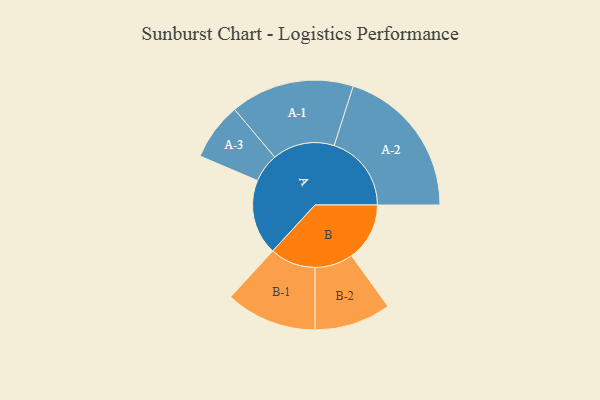
{"axis": {"x": "Segment", "y": "Value"}, "legend": ["", "A", "B"], "data": [{"x": "A", "y": 286, "type": ""}, {"x": "B", "y": 220, "type": ""}, {"x": "A-1", "y": 235, "type": "A"}, {"x": "A-2", "y": 293, "type": "A"}, {"x": "A-3", "y": 109, "type": "A"}, {"x": "B-1", "y": 173, "type": "B"}, {"x": "B-2", "y": 145, "type": "B"}]}